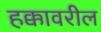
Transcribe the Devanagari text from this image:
हक्कावरील